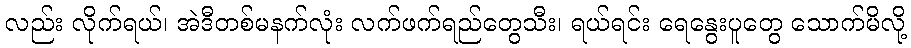
လည်း လိုက်ရယ်၊ အဲဒီတစ်မနက်လုံး လက်ဖက်ရည်တွေသီး၊ ရယ်ရင်း ရေနွေးပူတွေ သောက်မိလို့